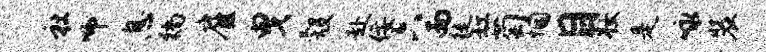
社师息徜雇曳彀赴佞六而徙缸萄悃目妆是咏装